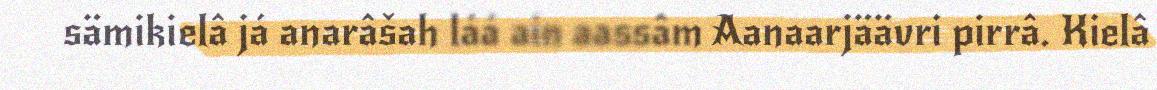
sämikielâ já anarâšah láá ain aassâm Aanaarjäävri pirrâ. Kielâ